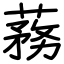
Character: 蓩